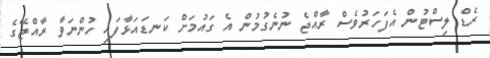
ރެޑް ލިސްޓުން އެފަހަރުވެސް ރާއްޖެ ނުނެގުމުން އެ ގައުމަށް ކަނޑައަޅާފައި ހުންނަވާ ރާއްޖޭގެ